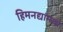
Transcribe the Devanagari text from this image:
हिमनद्यांमध्ये